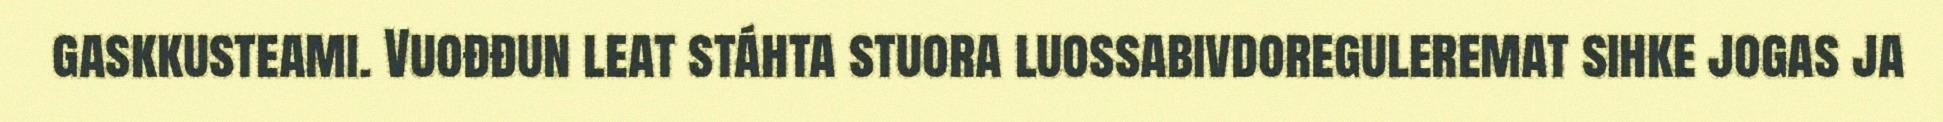
gaskkusteami. Vuođđun leat stáhta stuora luossabivdoreguleremat sihke jogas ja